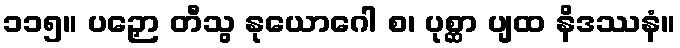
၁၁၅။ ပဉှော တီသွ နုယောဂေါ စ၊ ပုစ္ဆာ ပျထ နိဒဿနံ။